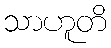
သာဟူတိ